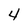
Character: 4